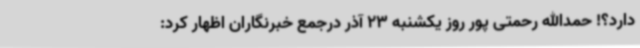
دارد؟! حمدالله رحمتی پور روز یکشنبه 23 آذر درجمع خبرنگاران اظهار کرد: